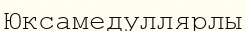
Юксамедуллярлы